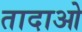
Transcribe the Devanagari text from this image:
तादाओ